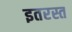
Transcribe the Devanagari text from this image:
इतरस्त